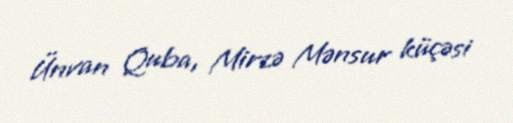
Ünvan Quba, Mirzə Mənsur küçəsi